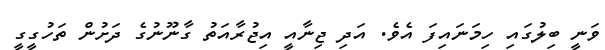
ވަނީ ބިލުގައި ހިމަނައިފަ އެވެ. އަދި ޖިނާއީ އިޖުރާއަތު ގާނޫނުގެ ދަށުން ތަހުގީގީ